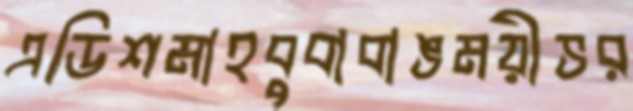
এডিশমাহবুবাবাঙময়ীভর